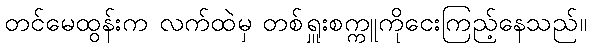
တင်မေထွန်းက လက်ထဲမှ တစ်ရှူးစက္ကူကိုငေးကြည့်နေသည်။